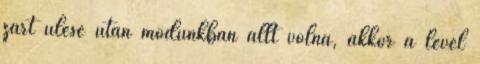
zárt ülése után módunkban állt volna, akkor a levél